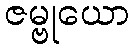
ဇမ္ဗုယော